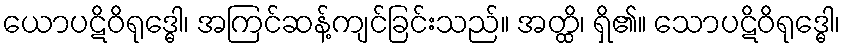
ယောပဋိဝိရုဒ္ဓေါ၊ အကြင်ဆန့်ကျင်ခြင်းသည်။ အတ္ထိ၊ ရှိ၏။ သောပဋိဝိရုဒ္ဓေါ၊